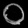
Digit: ၀